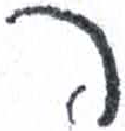
אות: ר